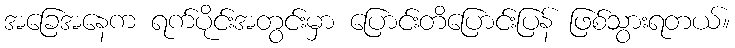
အခြေအနေက ရက်ပိုင်းအတွင်းမှာ ပြောင်းတိပြောင်းပြန် ဖြစ်သွားရတယ်။